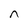
Character: n